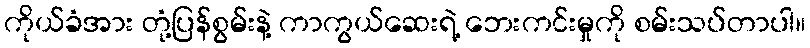
ကိုယ်ခံအား တုံ့ပြန်စွမ်းနဲ့ ကာကွယ်ဆေးရဲ့ ဘေးကင်းမှုကို စမ်းသပ်တာပါ။